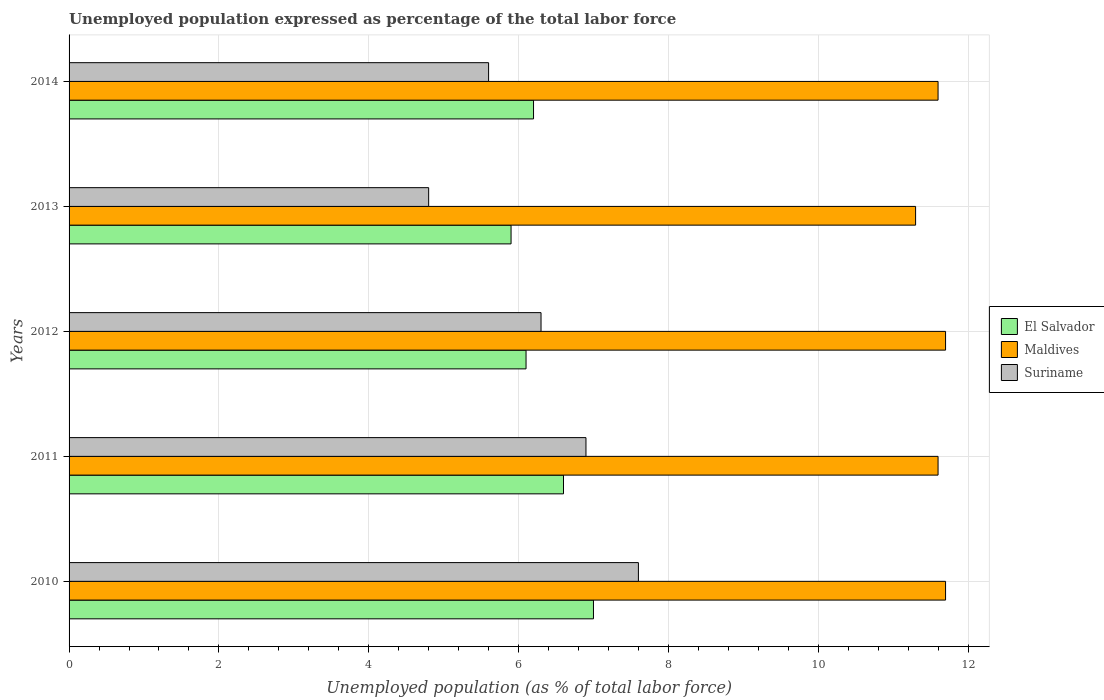
| Years | El Salvador | Maldives | Suriname |
 | --- | --- | --- | --- |
 | 2010 | 7 | 11.7 | 7.6 |
 | 2011 | 6.6 | 11.6 | 6.9 |
 | 2012 | 6.1 | 11.7 | 6.3 |
 | 2013 | 5.9 | 11.3 | 4.8 |
 | 2014 | 6.2 | 11.6 | 5.6 |